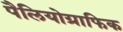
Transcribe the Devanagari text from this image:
पैलियोग्राफिक